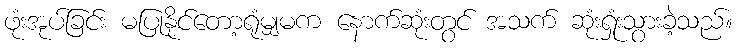
ဖုံးအုပ်ခြင်း မပြုနိုင်တော့ရုံမျှမက နောက်ဆုံးတွင် အသက် ဆုံးရှုံးသွားခဲ့သည်။